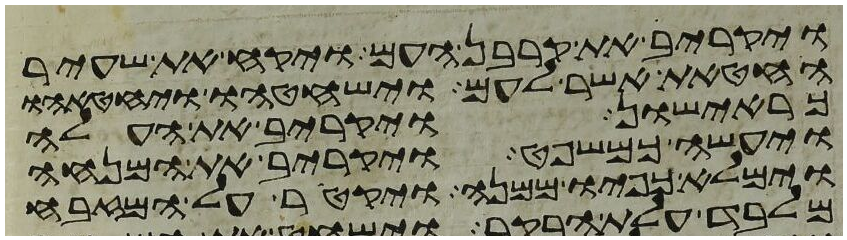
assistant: ויקריב את קרבן העם ויקח את שעיר
החטאת אשר לעם וישחטהו ויחטאהו
כראישון ויקרב את העלה
ויעשה כמשפט ויקרב את המנחה
וימלא כפיו ממנה ויקטר על המזבח